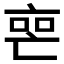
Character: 𬽐